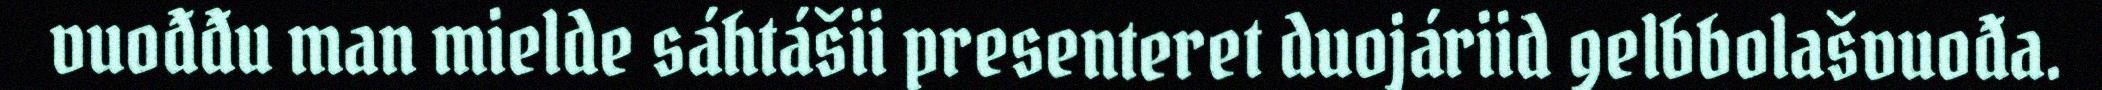
vuođđu man mielde sáhtášii presenteret duojáriid gelbbolašvuođa.